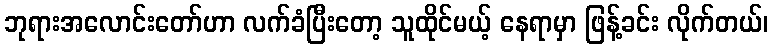
ဘုရားအလောင်းတော်ဟာ လက်ခံပြီးတော့ သူထိုင်မယ့် နေရာမှာ ဖြန့်ခင်း လိုက်တယ်၊